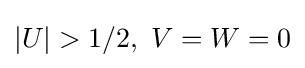
|U|>1/2,\ V=W=0